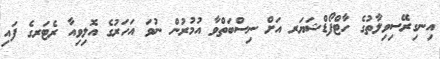
އިނގިރޭސިވިލާތުގެ ހާޓްފޯޑްޝަޔަރ އަށް ނިސްބަތްވާ އުމުރުން ނުވަ އަހަރުގެ އޮލިވިއާ ރެޓަރގެ ފައި